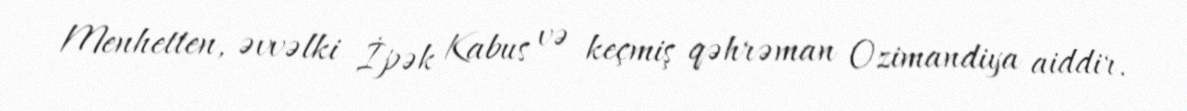
Menhetten, əvvəlki İpək Kabus və keçmiş qəhrəman Ozimandiya aiddir.